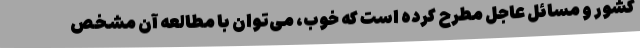
کشور و مسائل عاجل مطرح کرده است که خوب، می‌توان با مطالعه آن مشخص